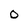
Character: 0